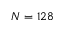
N = 1 2 8